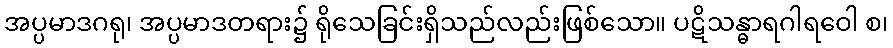
အပ္ပမာဒဂရု၊ အပ္ပမာဒတရား၌ ရိုသေခြင်းရှိသည်လည်းဖြစ်သော။ ပဋိသန္ဓာရဂါရဝေါ စ၊